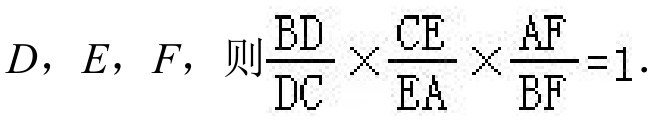
\(D, E, F，则\frac{BD}{DC}\times\frac{CE}{EA}\times\frac{AF}{BF}=1.\)